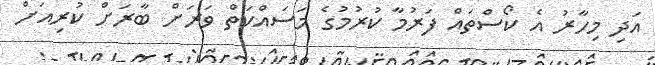
އަދި މިހާރު އެ ކޯސްތައް ފަރުމާ ކުރުމުގެ މަސައްކަތް ވަރަށް ބާރަށް ކުރިއަށް